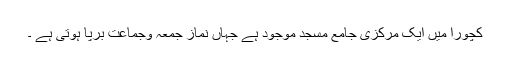
کچورا میں ایک مرکزی جامع مسجد موجود ہے جہاں نماز جمعہ وجماعت برپا ہوتی ہے ۔